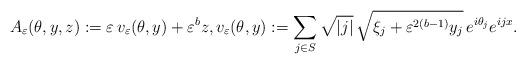
LaTeX: \begin{align*}A_{\varepsilon}(\theta, y, z):=\varepsilon\,v_{\varepsilon}(\theta, y)+\varepsilon^b z, v_{\varepsilon}(\theta, y):=\sum_{j\in S} \sqrt{\lvert j \rvert}\,\sqrt{\xi_j+\varepsilon^{2(b-1)} y_j}\,e^{i \theta_j} e^{i j x}.\end{align*}